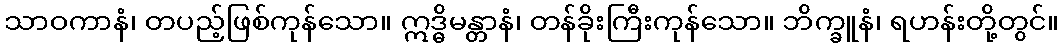
သာဝကာနံ၊ တပည့်ဖြစ်ကုန်သော။ ဣဒ္ဓိမန္တာနံ၊ တန်ခိုးကြီးကုန်သော။ ဘိက္ခူနံ၊ ရဟန်းတို့တွင်။